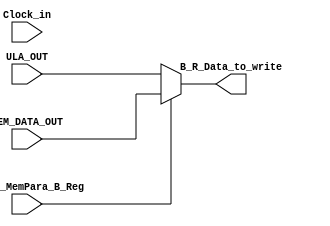
module STAGE_WB(
input wire Clock_in,

//MUX PARA ESCRITA
input wire [31:0] MEM_DATA_OUT,
input wire [31:0] ULA_OUT,
output reg [31:0] B_R_Data_to_write,
input wire CS_UC_MemPara_B_Reg
	);




always @( * ) begin
	if(CS_UC_MemPara_B_Reg) begin
		B_R_Data_to_write <= MEM_DATA_OUT;
	end
	else begin
		B_R_Data_to_write <= ULA_OUT;
	end
end	


endmodule